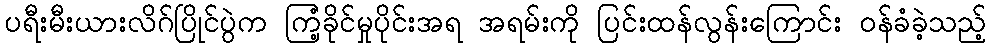
ပရီးမီးယားလိဂ်ပြိုင်ပွဲက ကြံ့ခိုင်မှုပိုင်းအရ အရမ်းကို ပြင်းထန်လွန်းကြောင်း ဝန်ခံခဲ့သည့်